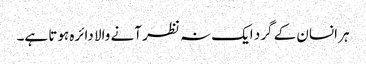
ہر انسان کے گرد ایک نہ نظر آنے والا دائرہ ہوتا ہے۔